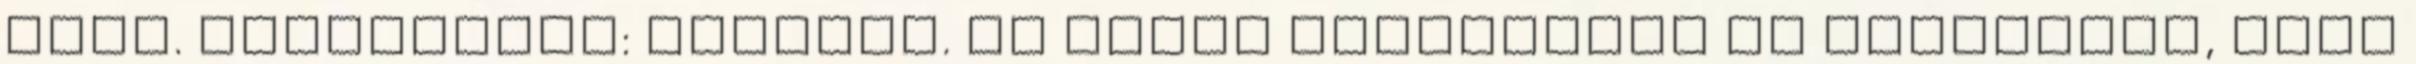
téma. Üzemeltető: Blogger. Az anyák gyorsabbak és okosabbak, mint